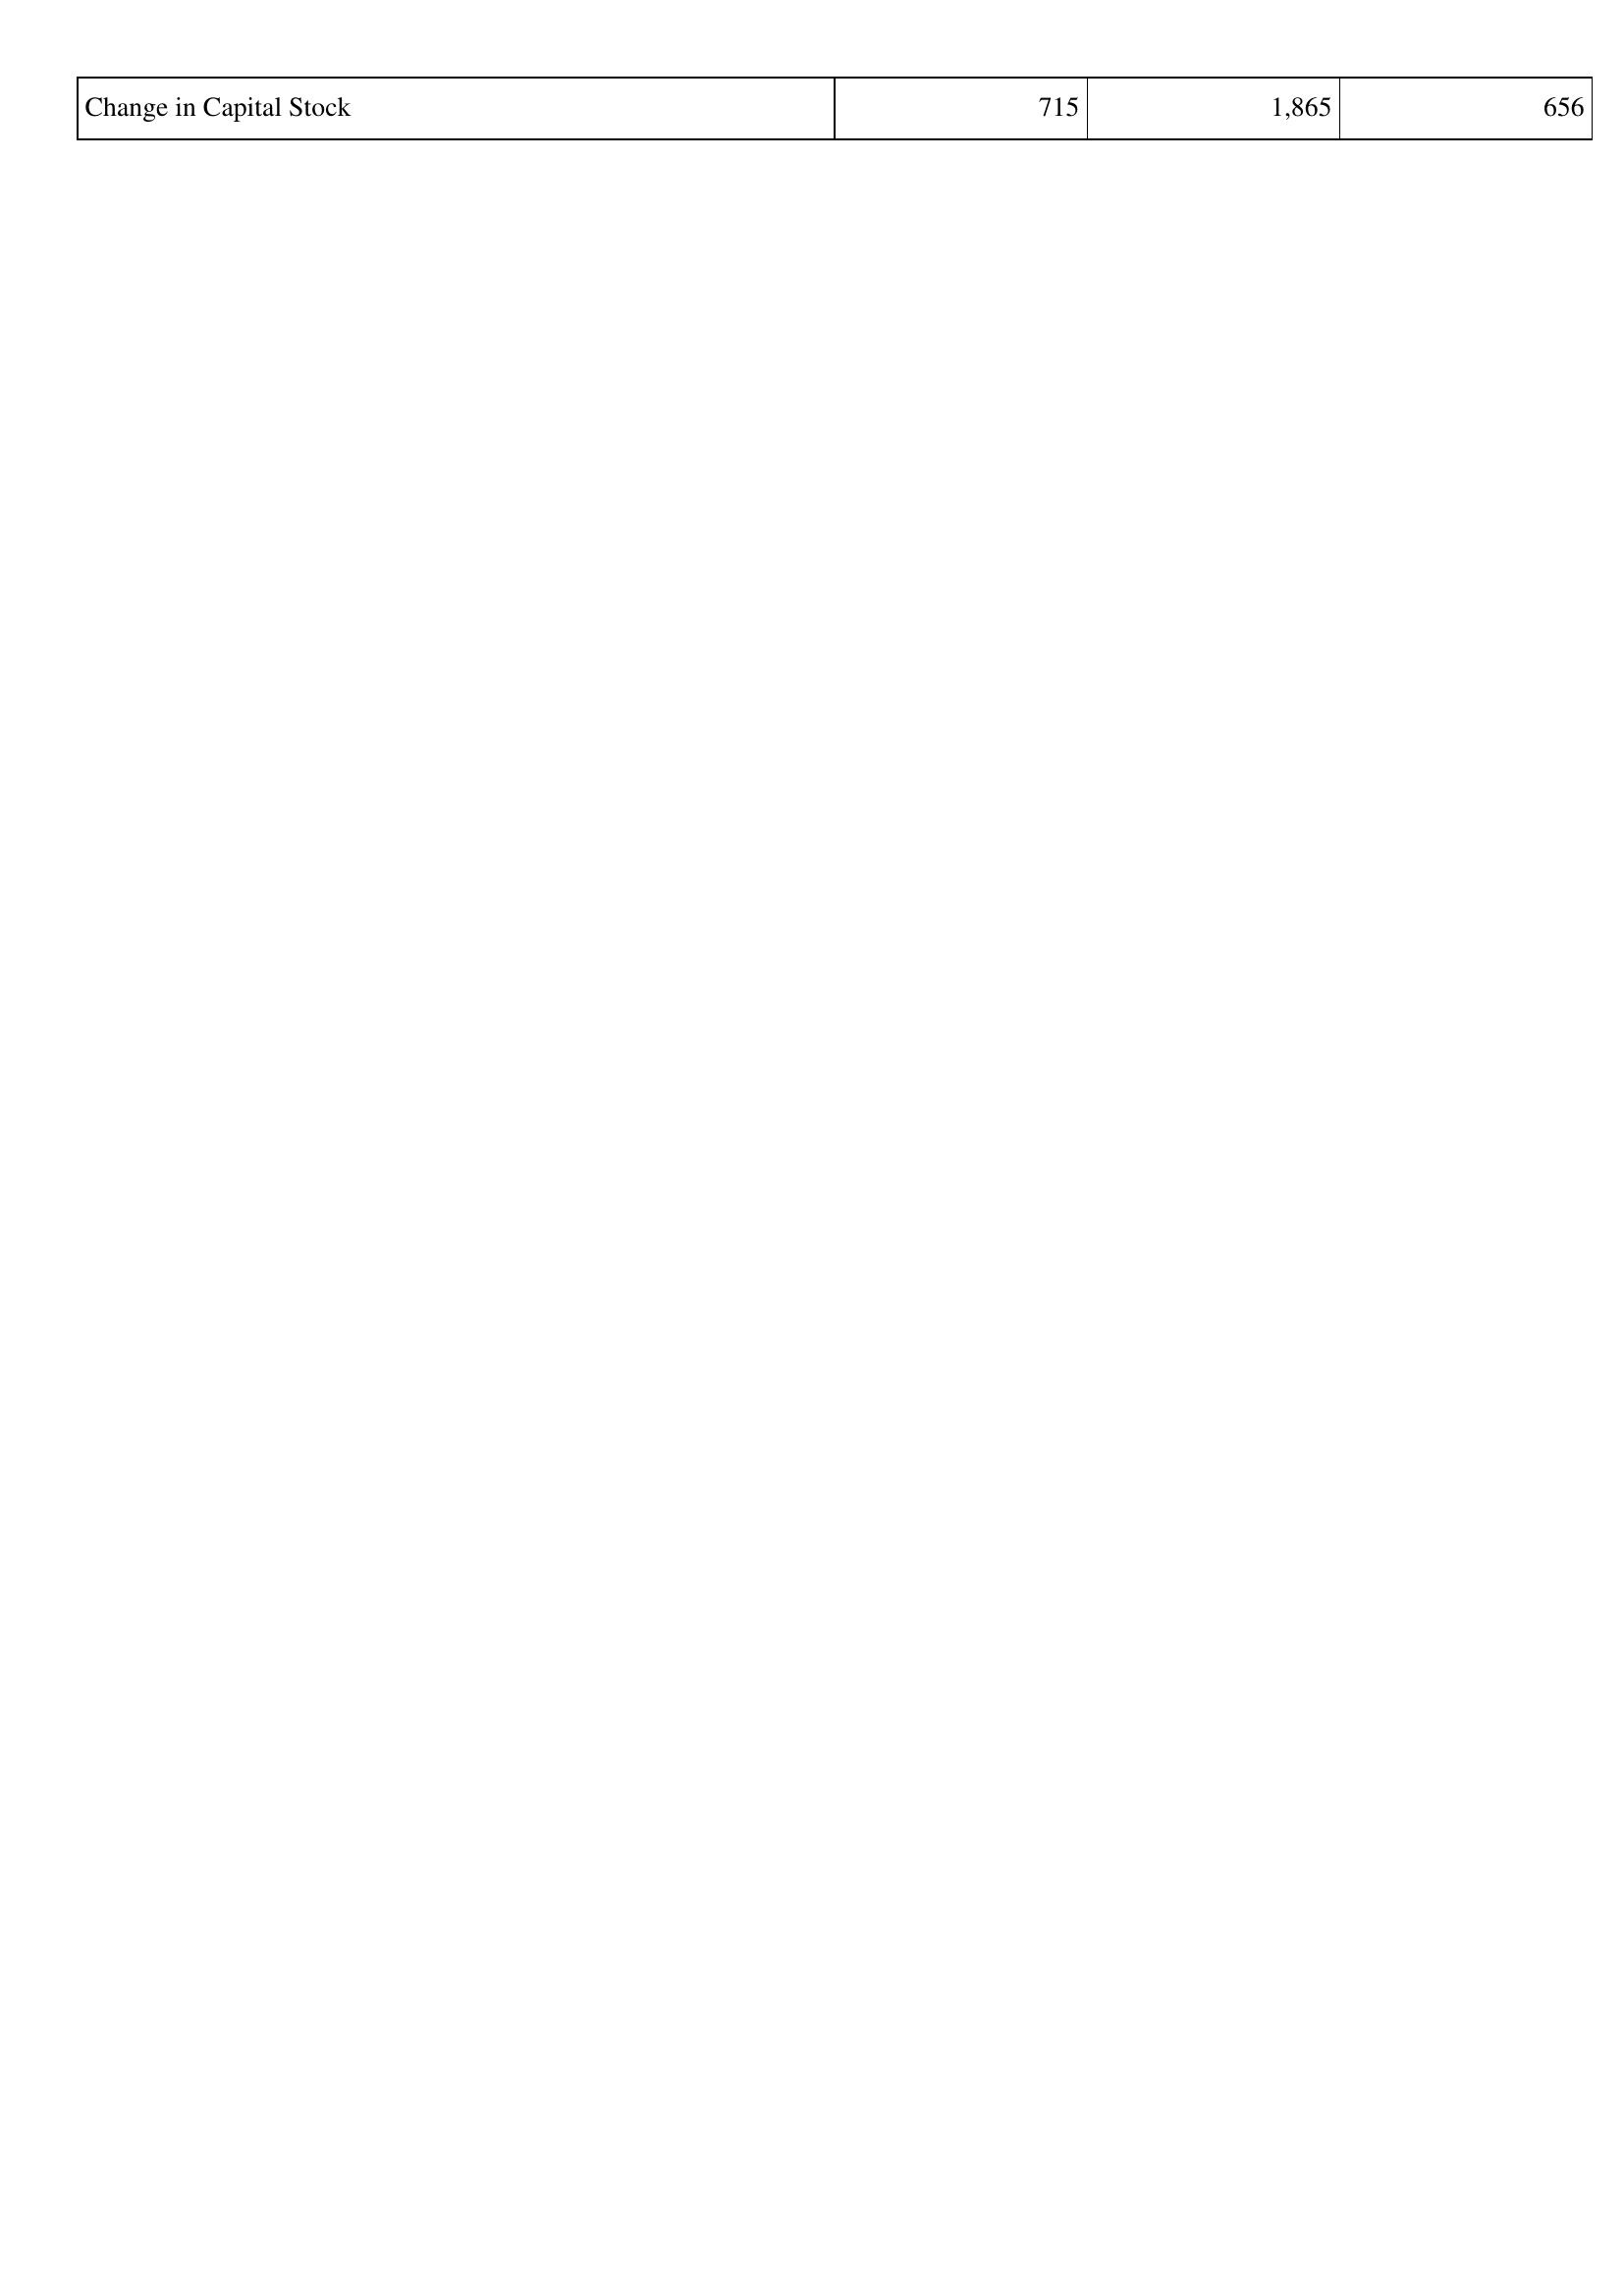
2015: Financing Activities: Change in Capital Stock: 715
2016: Financing Activities: Change in Capital Stock: 1,865
2017: Financing Activities: Change in Capital Stock: 656